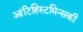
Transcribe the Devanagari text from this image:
आंटिहिस्टमिन्सकी